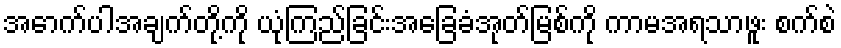
အောက်ပါအချက်တို့ကို ယုံကြည်ခြင်းအခြေခံအုတ်မြစ်ကို ကာမအရသာဖူး စက်စဲ